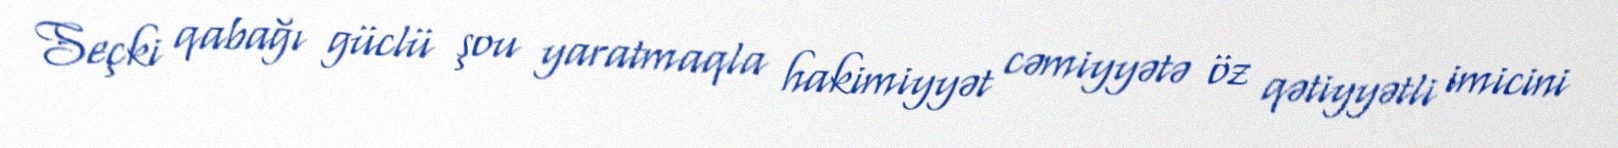
Seçki qabağı güclü şou yaratmaqla hakimiyyət cəmiyyətə öz qətiyyətli imicini